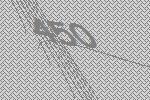
450